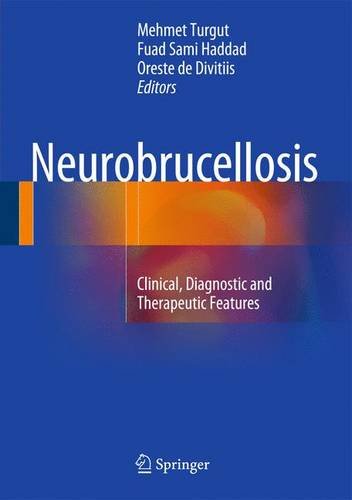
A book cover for Neurobrucellosis: Clinical, Diagnostic and Therapeutic Features; Medical Books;